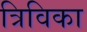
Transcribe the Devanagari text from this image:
त्रिविका